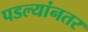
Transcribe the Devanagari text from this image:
पडल्यांनतर